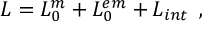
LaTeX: { \cal L } = { \cal L } _ { 0 } ^ { m } + { \cal L } _ { 0 } ^ { e m } + { \cal L } _ { i n t } \, \, \, ,